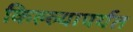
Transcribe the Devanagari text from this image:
किल्ल्यापर्यत